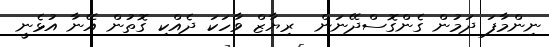
ނިންމާފަ ދަމުން ގެންގޮސްދޭނަން  ރިޔާޒް ވާހަކަ ދެއްކި ގޮތުން އޭނާ އުޅެނީ